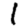
Digit: 1